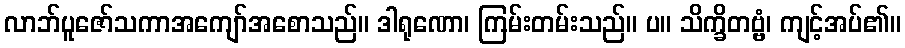
လာဘ်ပူဇော်သကာအကျော်အစောသည်။ ဒါရုဏော၊ ကြမ်းတမ်းသည်။ ပ။ သိက္ခိတဗ္ဗံ၊ ကျင့်အပ်၏။